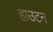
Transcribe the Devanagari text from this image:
हाउटन